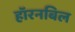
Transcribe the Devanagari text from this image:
हॉरनबिल